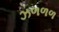
ઝળળળ